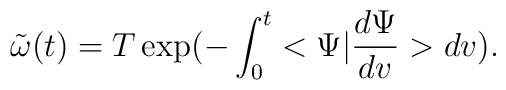
{\tilde \omega}(t) = T \exp ({-\int_{0}^{t} < \Psi |{\frac{d \Psi}{dv}}>dv}).